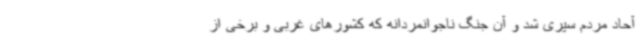
آحاد مردم سپری شد و آن جنگ ناجوانمردانه که کشورهای غربی و برخی از